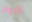
الدوام